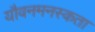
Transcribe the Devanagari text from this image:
यौवनमनस्कता